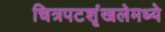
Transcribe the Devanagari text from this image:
चित्रपटशृंखलेमध्ये